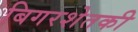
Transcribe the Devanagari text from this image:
बिगरशेतकी